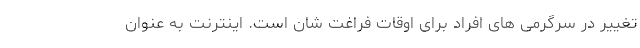
تغییر در سرگرمی های افراد برای اوقات فراغت شان است. اینترنت به عنوان